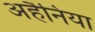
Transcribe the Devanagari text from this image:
अहैनिया